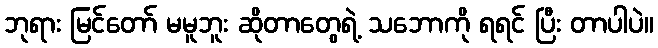
ဘုရား မြင်တော် မမူဘူး ဆိုတာတွေရဲ့ သဘောကို ရရင် ပြီး တာပါပဲ။